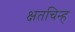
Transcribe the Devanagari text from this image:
क्षतचिन्ह